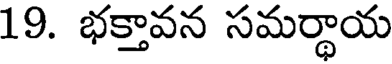
19. భక్తావన సమర్థాయ